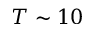
T \sim 1 0